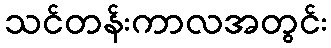
သင်တန်းကာလအတွင်း